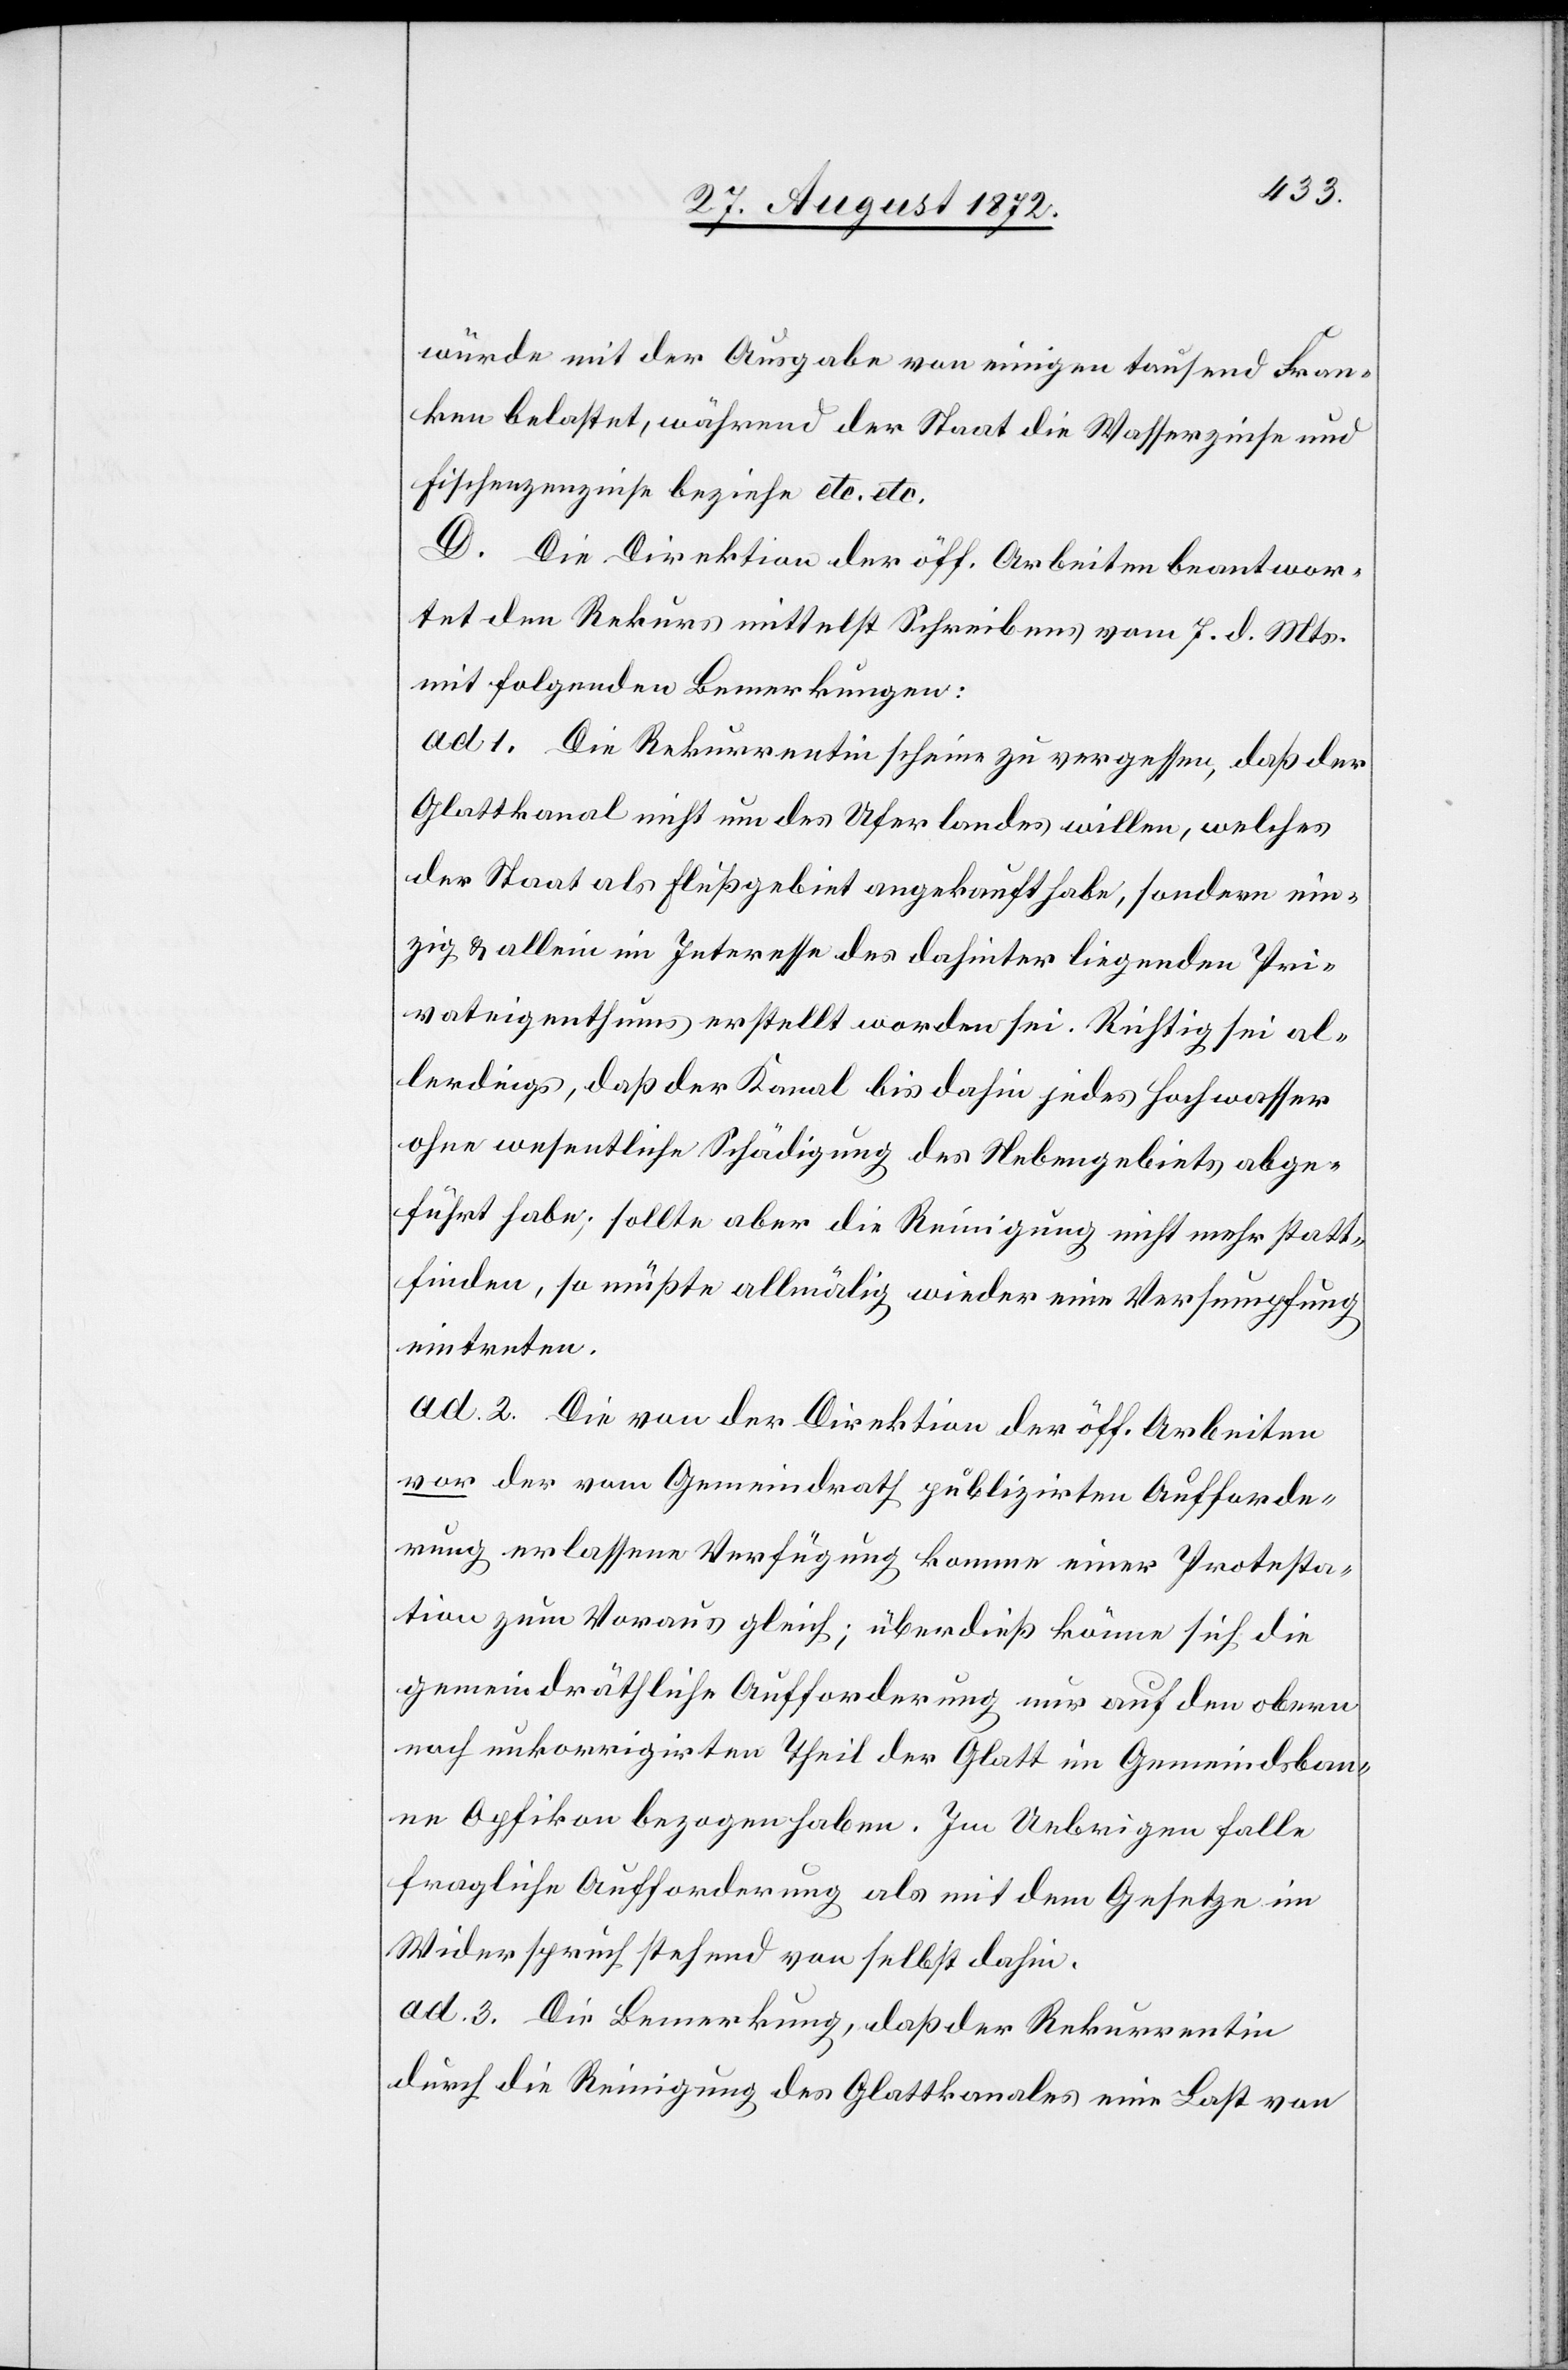
würde mit der Ausgabe von einigen tausend Fran¬
ken belastet, während der Staat die Wasserzinse und
Fischenzenzinse beziehe etc. etc.
D. Die Direktion der öff. Arbeiten beantwor¬
tet den Rekurs mittelst Schreibens vom 7. d. Mts.
mit folgenden Bemerkungen:
ad. 1. Die Rekurrentin scheine zu vergessen, daß der
Glattkanal nicht um des Uferlandes willen, welches
der Staat als Flußgebiet angekauft habe, sondern ein¬
zig u. allein im Interesse des dahinter liegenden Pri¬
vateigenthums erstellt worden sei. Richtig sei al¬
lerdings, daß der Kanal bis dahin jedes Hochwasser
ohne wesentliche Schädigung des Nebengebiets abge¬
führt habe; sollte aber die Reinigung nicht mehr statt¬
finden, so müßte allmälig wieder eine Versumpfung
eintreten.
ad. 2. Die von der Direktion der öff. Arbeiten
vor der vom Gemeindrath publizirten Aufforde¬
rung erlassene Verfügung komme einer Protesta¬
tion zum Voraus gleich; überdieß könne sich die
gemeindräthliche Aufforderung nur auf den obern
noch unkorrigirten Theil der Glatt im Gemeindsban¬
ne Opfikon bezogen habe. Im Uebrigen falle
fragliche Aufforderung als mit dem Gesetze im
Widerspruch stehend von selbst dahin.
ad. 3. Die Bemerkung, daß der Rekurrentin
durch die Reinigung des Glattkanales eine Last von